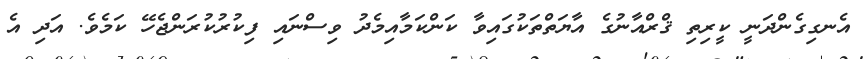
އެނގިގެންދަނީ ކީރިތި ޤްރްއާނުގެ އާޔަތްތަކުގައިވާ ކަންކަމާއިމެދު ވިސްނައި ފިކުރުކުރަންޖެހޭ ކަމެވެ. އަދި އެ